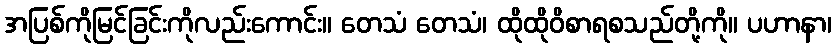
အပြစ်ကိုမြင်ခြင်းကိုလည်းကောင်း။ တေသံ တေသံ၊ ထိုထိုဝိစာရစသည်တို့ကို။ ပဟာနာ၊